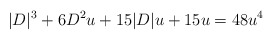
\begin{align*}|D|^3+6D^2 u + 15|D|u+15u =48u^4\end{align*}